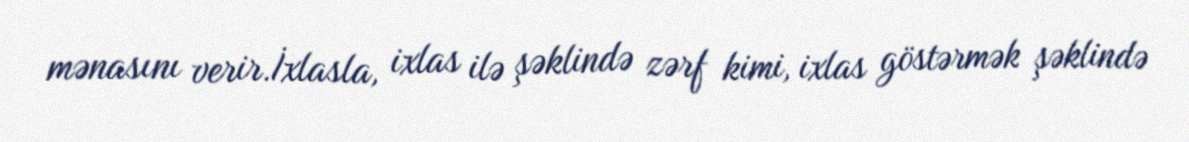
mənasını verir.İxlasla, ixlas ilə şəklində zərf kimi, ixlas göstərmək şəklində